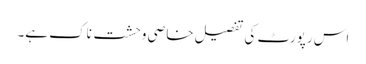
اس رپورٹ کی تفصیل خاصی وحشت ناک ہے۔